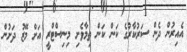
އެއިރުން ދެން ސަރުކާރުގެ ކަން ކަން ތިމާވެށި މިނިސްޓްރީ އަށް މޭޒު ދަށުން